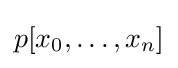
p[x_{0},\dots ,x_{n}]